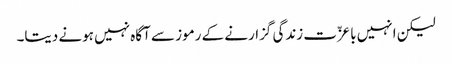
لیکن انہیں باعزّت زندگی گزارنے کے رموز سے آگاہ نہیں ہونے دیتا۔